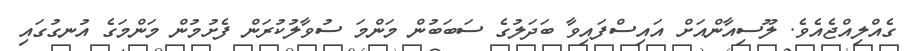
ގެއްލިއްޖެއެވެ. ލޫސިއާންއަށް އައިސްފައިވާ ބަދަލުގެ ސަބަބުން މަންމަ ސުވާލުކުރަން ފެށުމުން މަންމަގެ އުނގުގައި